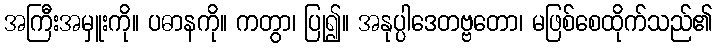
အကြီးအမှူးကို။ ပဓာနကို။ ကတွာ၊ ပြု၍။ အနုပ္ပါဒေတဗ္ဗတော၊ မဖြစ်စေထိုက်သည်၏